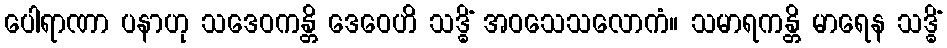
ပေါရာဏာ ပနာဟု သဒေဝကန္တိ ဒေဝေဟိ သဒ္ဓိံ အဝသေသလောကံ။ သမာရကန္တိ မာရေန သဒ္ဓိံ